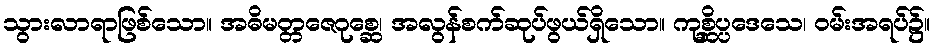
သွားလာရာဖြစ်သော။ အဓိမတ္တဇေဂုစ္ဆေ၊ အလွန်စက်ဆုပ်ဖွယ်ရှိသော။ ကုစ္ဆိပ္ပဒေသေ၊ ဝမ်းအရပ်၌။